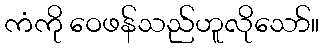
ကံကို ဝေဖန်သည်ဟူလိုသော်။